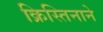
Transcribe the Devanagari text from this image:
क्रिस्तिनाने